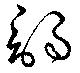
謁